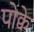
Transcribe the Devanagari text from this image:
पोक्वे